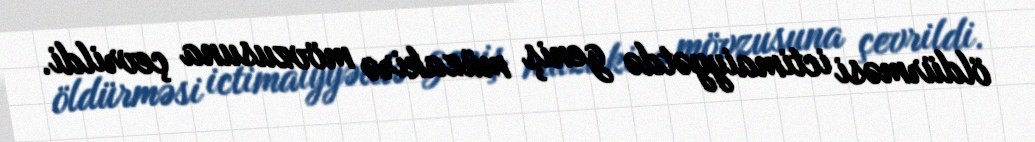
öldürməsi ictimaiyyətdə geniş müzakirə mövzusuna çevrildi.